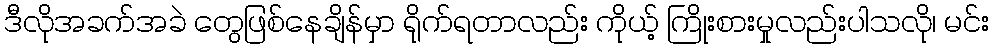
ဒီလိုအခက်အခဲ တွေဖြစ်နေချိန်မှာ ရိုက်ရတာလည်း ကိုယ့် ကြိုးစားမှုလည်းပါသလို၊ မင်း